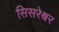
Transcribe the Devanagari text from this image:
सिसरेश्वर